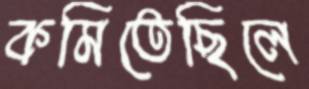
কমিতেছিলে